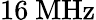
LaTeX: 16\ \mathrm{MHz}